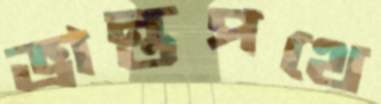
ভ্রান্তপথে